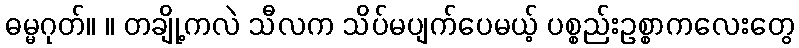
ဓမ္မဂုတ်။ ။ တချို့ကလဲ သီလက သိပ်မပျက်ပေမယ့် ပစ္စည်းဥစ္စာကလေးတွေ